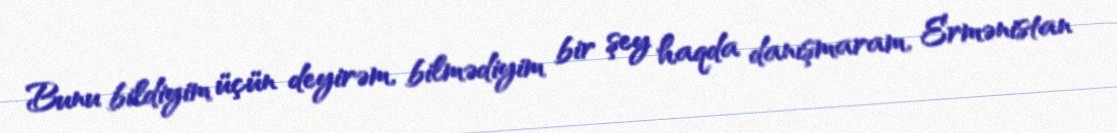
Bunu bildiyim üçün deyirəm, bilmədiyim bir şey haqda danışmaram, Ermənistan